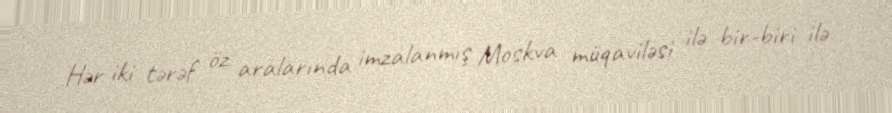
Hər iki tərəf öz aralarında imzalanmış Moskva müqaviləsi ilə bir-biri ilə